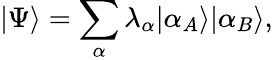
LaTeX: \vert\Psi\rangle=\sum_{\alpha}\lambda_{\alpha}\vert\alpha_{A}\rangle\vert\alpha_{B}\rangle,